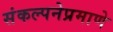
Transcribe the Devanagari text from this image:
संकल्पनेप्रमाणे